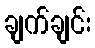
ချက်ချင်း